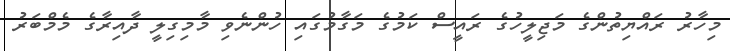
މިހާރު ރައްޔިތުންގެ މަޖިލީހުގެ ރައީސް ކަމުގެ މަގާމުގައި ހުންނެވި މާމިގިލީ ދާއިރާގެ މެމްބަރު